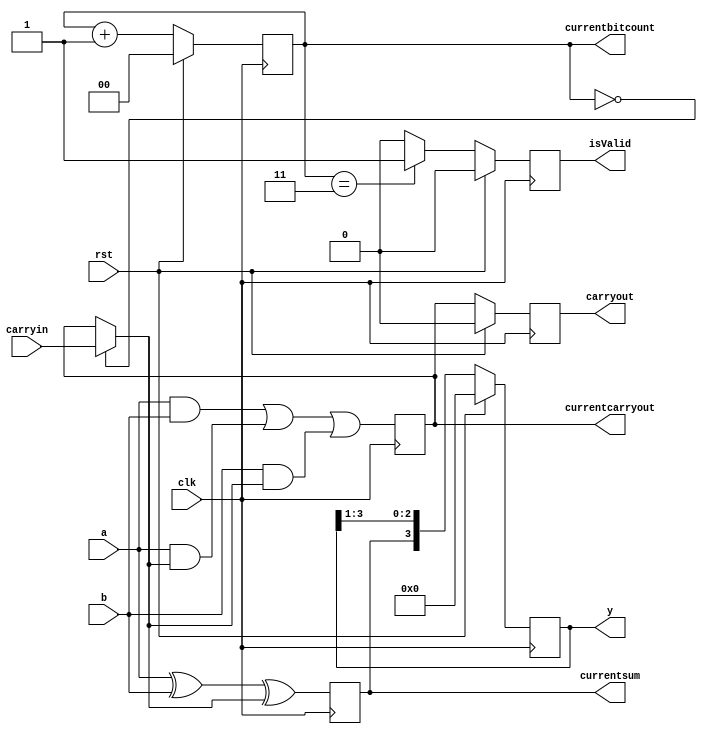
// This is a 4 bit serial adder, output will be ready after 4 clock cycles
// Assume a,b will change with the clock
// Assume carryin will NOT change with the clock i.e. it will remain constant over the 4 clock cycles
// The outputs y & carryout will keep changing at posedge to indicate the current state of calculation
module jserialadder(y,carryout,isValid,currentsum,currentcarryout,currentbitcount,clk,rst,a,b,carryin);
  output reg [3:0]y;
  output reg carryout;
  output reg isValid; // This is a new functionality to indicate that the 4 bits were considered to produce the output
  output reg currentsum, currentcarryout;
  output reg [1:0]currentbitcount;// three bits enough to count till 4-bits for 4-bit serial adder
  input clk,rst;
  input a,b,carryin;

  wire intermediatecarry;
  
  // intermediatecarry should point to the carryin only for the 1st bit afterward it is previous bit's carryout
  assign intermediatecarry = ( currentbitcount == 3'd0) ? carryin : currentcarryout;
  
  // I have made even the Full adder to work on the posedge of the clock
  // continuous assignment did not seem to work
  always@(negedge clk)
  begin
    currentsum <= a ^ b ^ intermediatecarry;
    currentcarryout <= ( a & b ) | ( a & intermediatecarry ) | ( b & intermediatecarry );
  end

  //assign currentsum = a ^ b ^ intermediatecarry;
  //assign currentcarryout = ( a & b ) | ( a & intermediatecarry ) | ( b & intermediatecarry );
  //assign carryout = ( currentbitcount == 3'd4 ) ? intermediatecarry : 0;

  always@(negedge clk)
  begin
    if(rst)
      begin
        y <= 0;// other ways of assigning {0,0,0,0};//4'd0;
        carryout <= 0;
      end
    else
      begin
        y <= {currentsum, y[3:1]};
        carryout <= currentcarryout;//( currentbitcount == 3'd4 ) ? intermediatecarry : 0;
      end
    end

  // Below block will keep track of the number of bits that have been added
  // This is currently written for a 4 bit serial adder
  always@(negedge clk)
  begin
    if(rst)
        currentbitcount <= 0;
    else
        currentbitcount <= currentbitcount + 1; // already the 4 bit addition is completed
  end

  // isValid will provide the indication as to whether the addition is completed  
  // This is currently written for a 4 bit serial adder
  always@(negedge clk)
  begin
    if(rst)
        isValid <= 0;
    else
        isValid <= (currentbitcount == 3) ? 1 : 0; // at positive edge assume the 4 bit addition is completed without delay
  end
  
endmodule


// Below is a simplistic approach to implement the serial adder
// Code given by the college lab
module jserialaddlab(a, b , clk, reset, sum, carry, cout, count, so);
  input clk, reset, a, b;
  output sum, carry;
  reg cin;
  output reg [3:0] so;
  output reg [2:0] count;
  output reg cout;
  wire cut;
  
  assign sum = a^b^cin;
  assign carry = (count == 3'd4) ? 0 : cut;
  assign cut = (a&b) | (a&cin) | (b&cin);
  
  always@(negedge clk)
  begin
    if(reset)
      cin <= 0;
    else
      cin <= carry;
  end

  always@(negedge clk)
  begin
    if(reset)
      cout <= 0;
    else
      count <= cut;
  end
  
  always@(negedge clk)
  begin
    if(reset)
      so <= 0;
    else
      so <= {sum, so[3:1]};
  end
  
  always@(negedge clk)
  begin
    if(reset)
      count <= 0;
    else
      count <= (count ==4) ? 1 : count+1;
  end
  
endmodule